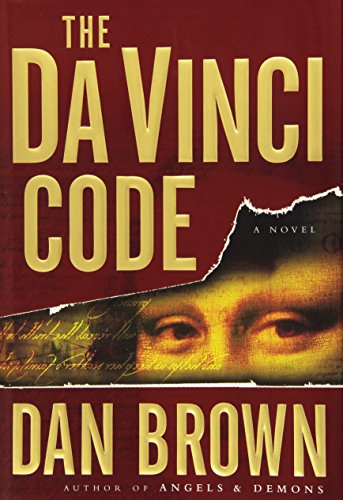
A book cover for The Da Vinci Code; Dan Brown; Mystery, Thriller & Suspense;